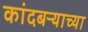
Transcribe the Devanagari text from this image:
कांदबऱ्याच्या